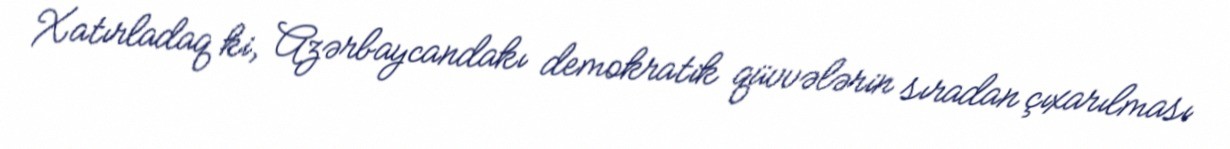
Xatırladaq ki, Azərbaycandakı demokratik qüvvələrin sıradan çıxarılması